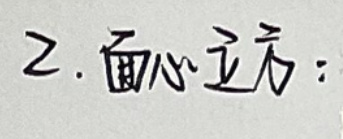
2. 面心立方：